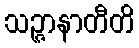
သဉ္ဇာနာတီတိ